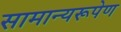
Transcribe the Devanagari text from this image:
सामान्यरूपेण